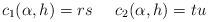
LaTeX: \begin{align*}c_1(\alpha, h)=rs \;\;\;\;\; c_2(\alpha, h)=tu\end{align*}